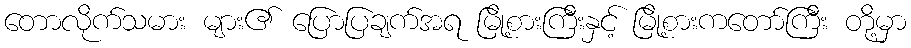
တောလိုက်သမား များ၏ ပြောပြချက်အရ မြို့စားကြီးနှင့် မြို့စားကတော်ကြီး တို့မှာ